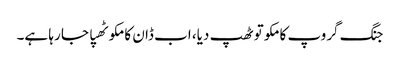
جنگ گروپ کا مکو تو ٹھپ دیا، اب ڈان کا مکو ٹھپا جا رہا ہے۔